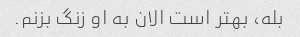
بله، بهتر است الان به او زنگ بزنم.